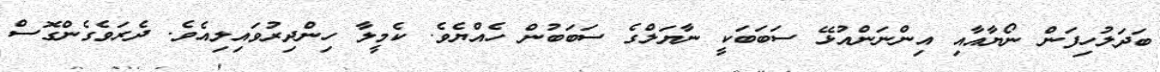
ބަދަލުހިފަން ނޯޔާއާއި އިންނަންއުޅޭ ސަބަބަކީ ނާޔަލްގެ ސަބަބުން ހެއްޔެވެ. ކެމީލާ ހިންދިރުވައިލިއެވެ. ދެރަވެގެންގޮސް